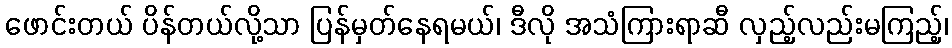
ဖောင်းတယ် ပိန်တယ်လို့သာ ပြန်မှတ်နေရမယ်၊ ဒီလို အသံကြားရာဆီ လှည့်လည်းမကြည့်၊